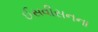
ઈસવીસનના